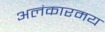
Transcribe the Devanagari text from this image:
अलंकारमय